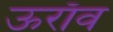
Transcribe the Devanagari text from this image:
ऊराँव